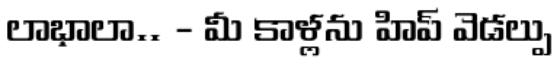
లాభాలా.. - మీ కాళ్లను హిప్ వెడల్పు